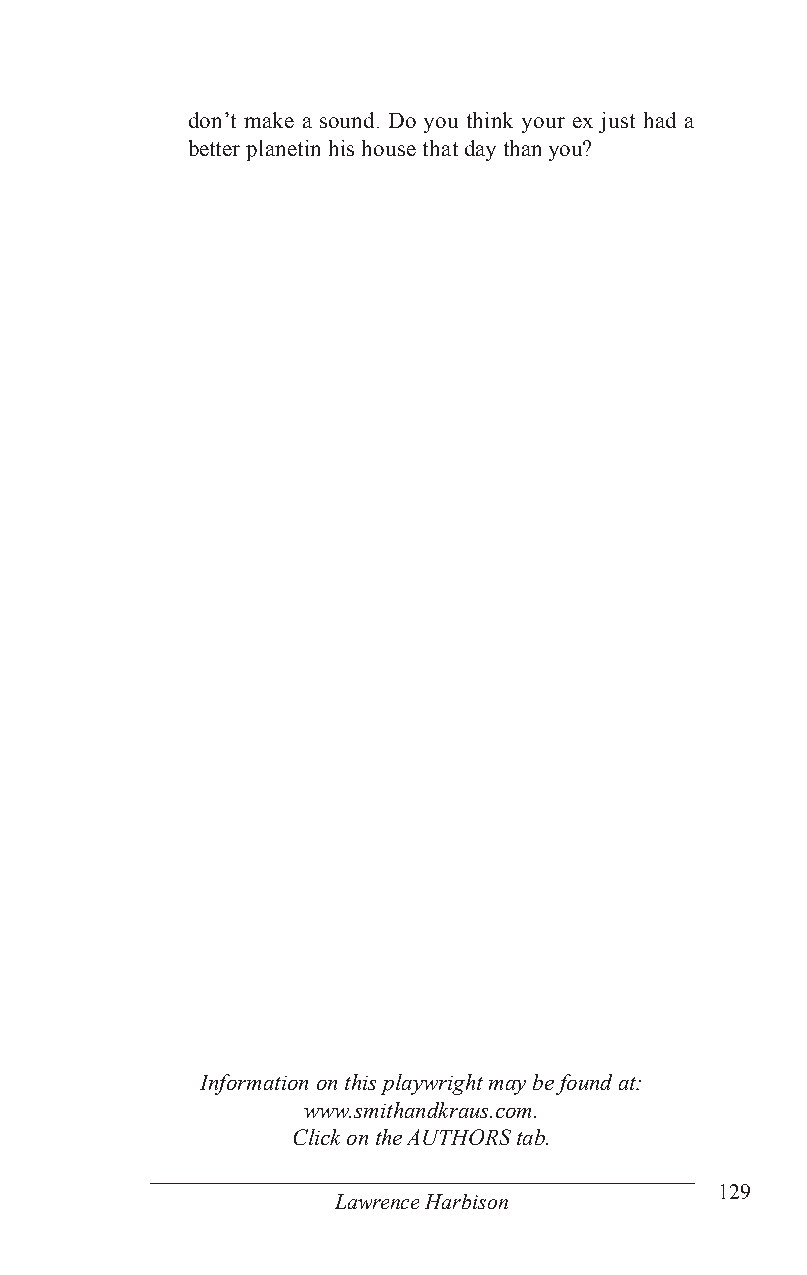
don’t make a sound. Do you think your ex just had a
 better planetin his house that day than you?
 Information on this playwright may be found at:
 www.smithandkraus.com.
 Click on the AUTHORS tab.
 129
 Lawrence Harbison